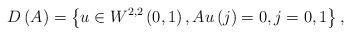
LaTeX: \begin{align*}D\left( A\right) =\left\{ u\in W^{2,2}\left( 0,1\right) ,Au\left(j\right) =0,j=0,1\right\} , \end{align*}